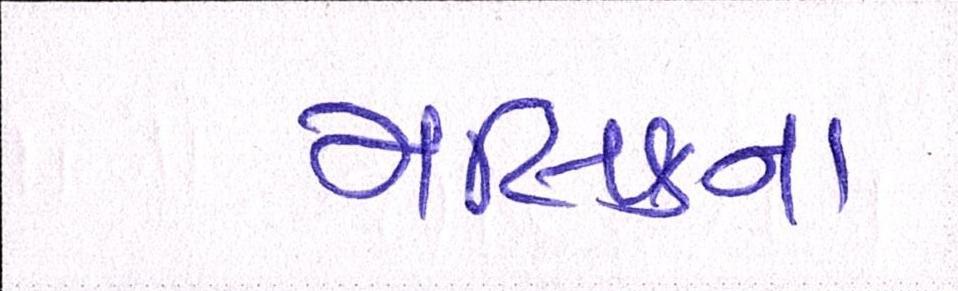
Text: મલિકના